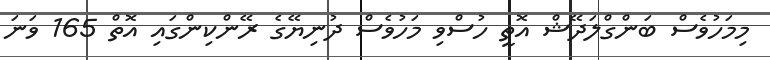
މިމަހުވެސް ބަންގްލަދޭޝް އޮތީ ހުސްވި މަހުވެސް ދުނިޔޭގެ ރޭންކިންގައި އޮތް 165 ވަނަ